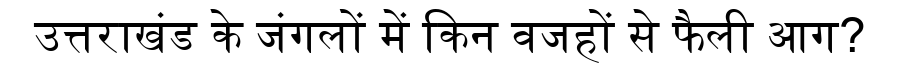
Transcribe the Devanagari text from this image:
उत्तराखंड के जंगलों में किन वजहों से फैली आग?